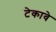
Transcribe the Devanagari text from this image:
टेकावे